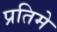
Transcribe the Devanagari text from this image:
प्रतिमे